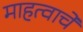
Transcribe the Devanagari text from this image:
माहत्वाचे